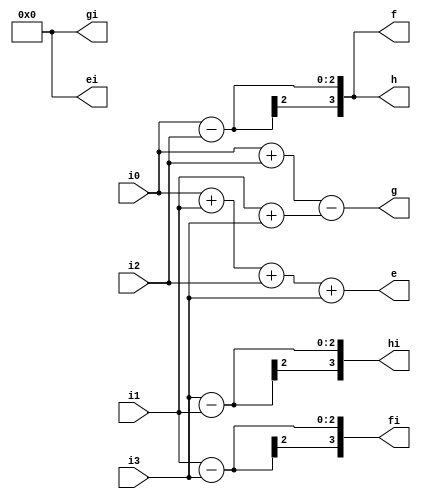
`timescale 1ns / 1ps
//////////////////////////////////////////////////////////////////////////////////
// Company: 
// Engineer: 
// 
// Design Name: 
// Module Name:    radix4fft 
// Project Name: 
// Target Devices: 
// Tool versions: 
// Description: 
//
// Dependencies: 
//
// Revision: 
// Revision 0.01 - File Created
// Additional Comments: 
//
//////////////////////////////////////////////////////////////////////////////////
module radix4fft(i0,i1,i2,i3,e,ei,f,fi,g,gi,h,hi);

input signed [1:0]i0;
input signed [1:0]i1;
input signed [1:0]i2;
input signed [1:0]i3;
output signed [3:0]e;
output signed [3:0]ei;
output signed [3:0]f;
output signed [3:0]fi;
output signed [3:0]g;
output signed [3:0]gi;
output signed [3:0]h;
output signed [3:0]hi;

assign e=i0+i1+i2+i3;
assign ei=4'b0;

assign f=i0-i2;
assign fi=i1-i3;

assign g=i0+i2-(i1+i3);
assign gi=4'b0;

assign h=i0-i2;
assign hi=i3-i1;

endmodule